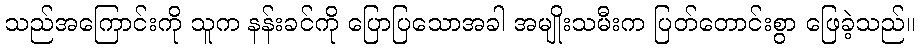
သည်အကြောင်းကို သူက နန်းခင်ကို ပြောပြသောအခါ အမျိုးသမီးက ပြတ်တောင်းစွာ ဖြေခဲ့သည်။